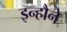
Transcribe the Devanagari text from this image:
इन्हौने